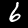
Digit: 6